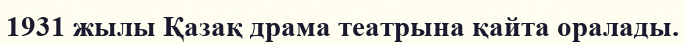
1931 жылы Қазақ драма театрына қайта оралады.